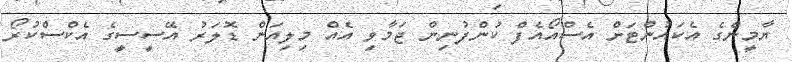
ޔާމީންގެ އެކައުންޓަށް އެސްއޯއެފް ކުންފުނިން ޖަމާވި އެއް މިލިއަން ޑޮލަރު އޭސީސީގެ އެކްސްކުރޯ